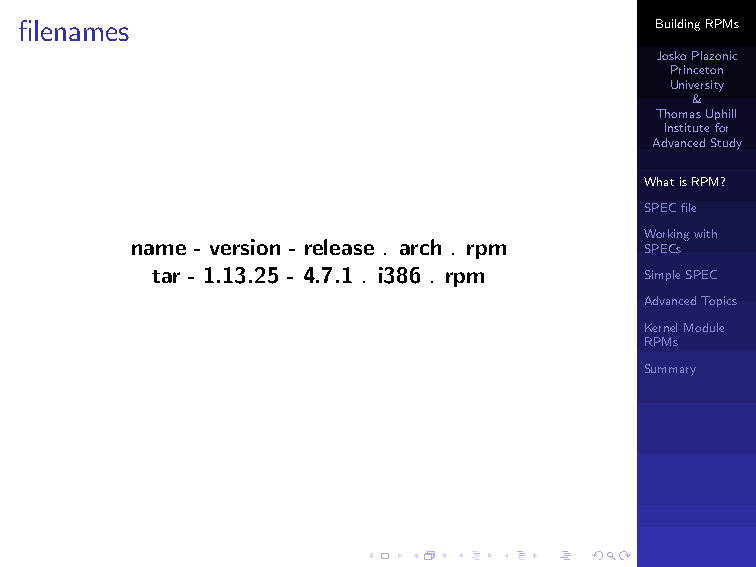
filenames                                 BuildingRPMs
 JoskoPlazonic
 Princeton
 University
 &
 ThomasUphill
 Institutefor
 AdvancedStudy
 WhatisRPM?
 SPECfile
 Workingwith
 name - version - release . arch . rpm SPECs
 tar - 1.13.25 - 4.7.1 . i386 . rpm SimpleSPEC
 AdvancedTopics
 KernelModule
 RPMs
 Summary